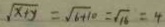
\sqrt { x + y } = \sqrt { 6 + 1 0 } = \sqrt { 1 6 } = 4